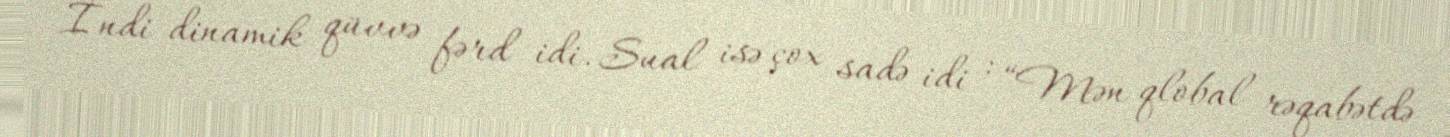
İndi dinamik qüvvə fərd idi. Sual isə çox sadə idi : “Mən qlobal rəqabətdə